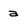
Character: a